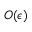
O ( \epsilon )